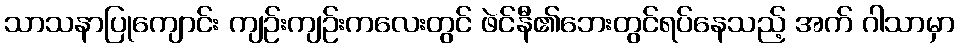
သာသနာပြုကျောင်း ကျဉ်းကျဉ်းကလေးတွင် ဖဲင်နီ၏ဘေးတွင်ရပ်နေသည့် အက် ဂါသာမှာ